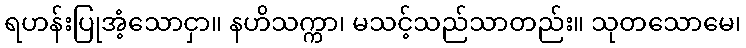
ရဟန်းပြုအံ့သောငှာ။ နဟိသက္ကာ၊ မသင့်သည်သာတည်း။ သုတသောမေ၊